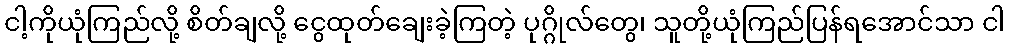
ငါ့ကိုယုံကြည်လို့ စိတ်ချလို့ ငွေထုတ်ချေးခဲ့ကြတဲ့ ပုဂ္ဂိုလ်တွေ၊ သူတို့ယုံကြည်ပြန်ရအောင်သာ ငါ